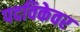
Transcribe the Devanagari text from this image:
पदविकेवर